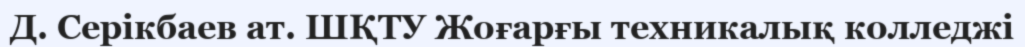
Д. Серікбаев ат. ШҚТУ Жоғарғы техникалық колледжі